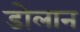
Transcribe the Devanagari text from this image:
डोलान